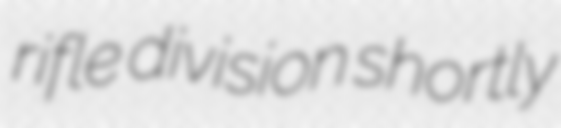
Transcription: rifle division shortly